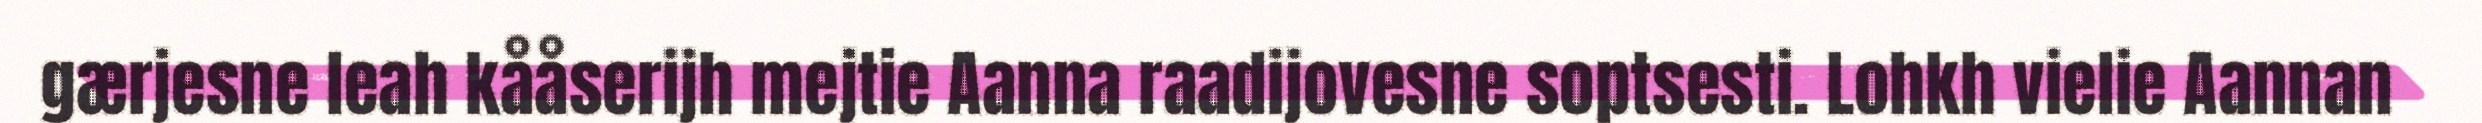
gærjesne leah kååserijh mejtie Aanna raadijovesne soptsesti. Lohkh vielie Aannan